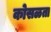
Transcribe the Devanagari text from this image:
कोसळता